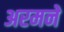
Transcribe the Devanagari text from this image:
अरमने